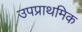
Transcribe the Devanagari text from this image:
उपप्राथमिक